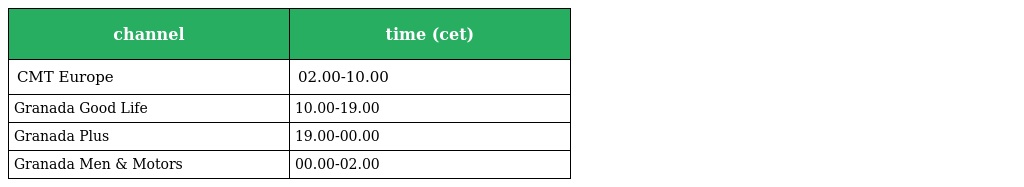
| channel | time (cet) |
 | --- | --- |
 | CMT Europe | 02.00-10.00 |
 | Granada Good Life | 10.00-19.00 |
 | Granada Plus | 19.00-00.00 |
 | Granada Men & Motors | 00.00-02.00 |